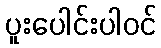
ပူးပေါင်းပါဝင်